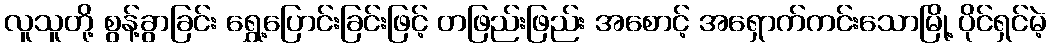
လူသူတို့ စွန့်ခွာခြင်း ရွှေ့ပြောင်းခြင်းဖြင့် တဖြည်းဖြည်း အစောင့် အရှောက်ကင်းသောမြို့ ပိုင်ရှင်မဲ့